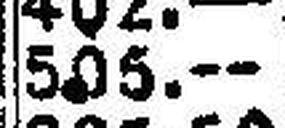
505.—